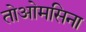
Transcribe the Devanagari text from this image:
तोओमसिना